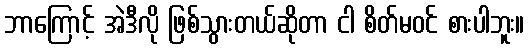
ဘာကြောင့် အဲဒီလို ဖြစ်သွားတယ်ဆိုတာ ငါ စိတ်မဝင် စားပါဘူး။